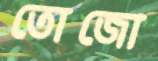
তোজো